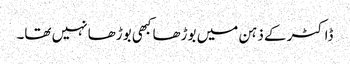
ڈاکٹر کے ذہن میں بوڑھا کبھی بوڑھا نہیں تھا۔